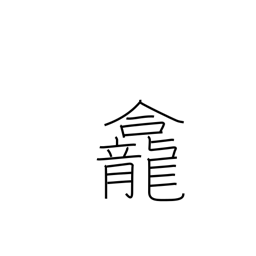
Meaning: alcove for an image